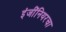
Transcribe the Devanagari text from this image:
इंजींनियरचा